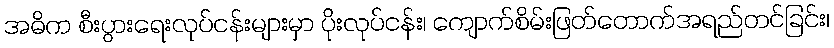
အဓိက စီးပွားရေးလုပ်ငန်းများမှာ ပိုးလုပ်ငန်း၊ ကျောက်စိမ်းဖြတ်တောက်အရည်တင်ခြင်း၊